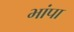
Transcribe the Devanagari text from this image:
भांपा